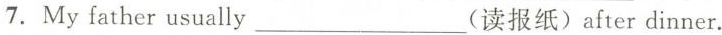
7. Myfather usually ___ (读报纸)after dinner.